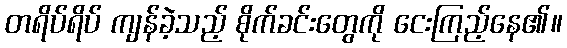
တရိပ်ရိပ် ကျန်ခဲ့သည့် စိုက်ခင်းတွေကို ငေးကြည့်နေ၏။